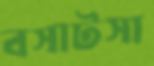
বসাটসা